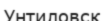
Унтиловск